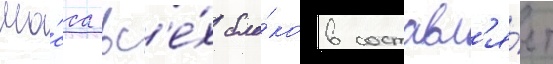
Ма́сса вс'е́х бло́ков составл'я́ет